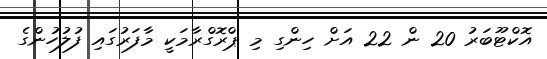
އޮކްޓޫބަރު 20 ން 22 އަށް ހިންގި މި ޕްރޮގްރާމަކީ މާފަރުގައި ފުލުހުންގެ